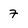
Character: 7